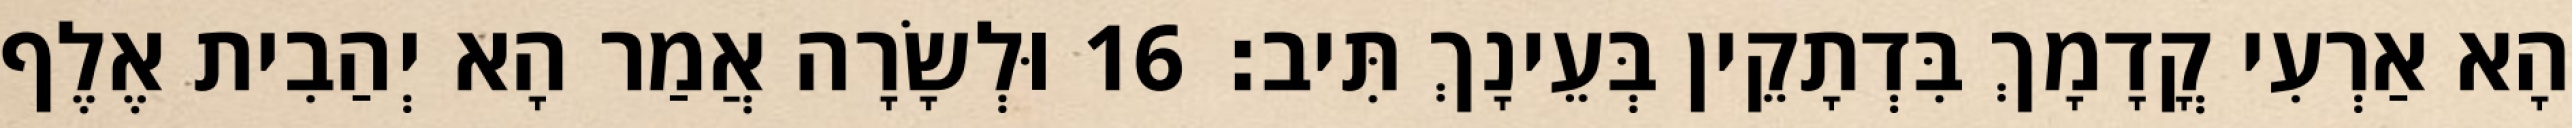
הָא אַרְעִי קֳדָמָךְ בִּדְתָקֵין בְּעֵינָךְ תִּיב׃ 16 וּלְשָׂרָה אֲמַר הָא יְהַבִית אֶלֶף